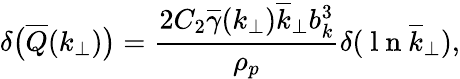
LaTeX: \delta\big(\overline{{Q}}(k_{\perp})\big)=\frac{2C_{2}\overline{{\gamma}}(k_{\perp})\overline{{k}}_{\perp}b_{k}^{3}}{\rho_{p}}\delta(\mathrm{~l~n~}\overline{{k}}_{\perp}),